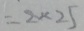
= 2 \times 2 5